Indian Civil Veterinary Department memoirs
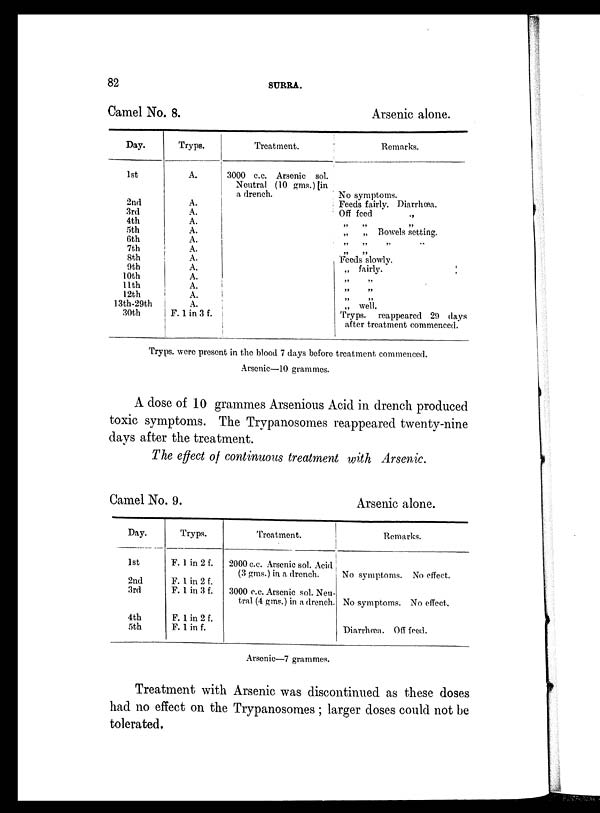
82
SURRA.
Camel No. 8.
Day.
1st
2nd
3rd
4th
5th
6th
7th
8th
9th
10th
11th
12th
13th-29th
30th
Tryps.
A.
A.
A.
A.
A.
A.
A.
A.
A.
A.
A.
A.
A.
F. 1 in 3 f.
Treatment.
3000 c.c. Arsenic sol.
Neutral (10 gms.)[in
a drench.
Arsenic alone.
Remarks.
No symptoms.
Feeds fairly. Diarrhœa.
Off feed
„ „ „
„
„ Bowels setting.
„ „ „
„ „
Feeds slowly.
„ fairly.
„ „
„ „
„ „
„ well.
Tryps. reappeared 29 days
after treatment commenced.
Tryps. were present in the blood 7 days before treatment commenced.
Arsenic—10 grammes.
A dose of 10 grammes Arsenious Acid in drench produced
toxic symptoms. The Trypanosomes reappeared twenty-nine
days after the treatment.
The effect of continuous treatment with Arsenic.
Camel No. 9.
Day.
1st
2nd
3rd
4th
5th
Tryps.
F. 1 in 2 f.
F. 1 in 2 f.
F. 1 in 3 f.
F. 1 in 2 f.
F. 1 in f.
Treatment.
2000 c.c. Arsenic sol. Acid
(3 gms.) in a drench.
3000 c.c. Arsenic sol. Neu-
tral (4 gms.) in a drench.
Arsenic alone.
Remarks.
No symptoms. No effect.
No symptoms. No effect.
Diarrhœa. Off feed.
Arsenic—7 grammes.
Treatment with Arsenic was discontinued as these doses
had no effect on the Trypanosomes ; larger doses could not be
tolerated.